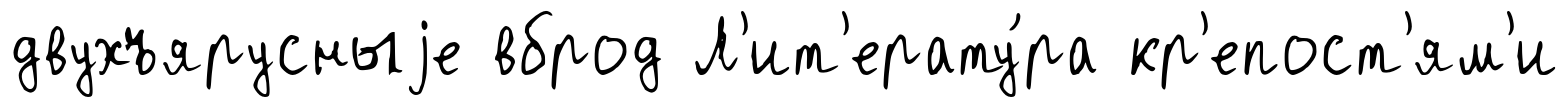
двухъярусныjе вброд Л'ит'ерату́ра кр'епост'ям'и